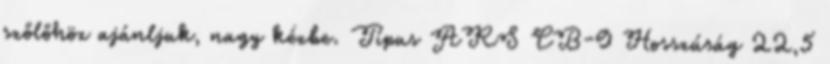
szőlőhöz ajánljuk, nagy kézbe. Típus ARS CB-9 Hosszúság 22,5